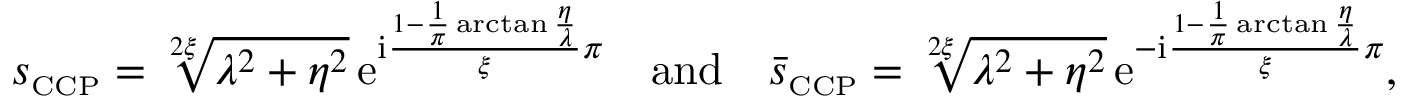
s _ { \scriptscriptstyle { \mathrm { C C P } } } = \sqrt [ 2 \xi ] { \lambda ^ { 2 } + \eta ^ { 2 } } \, \mathrm { e } ^ { \mathrm { i } \frac { 1 - \frac { 1 } { \pi } \arctan \frac { \eta } { \lambda } } { \xi } \pi } \quad \mathrm { a n d } \quad \bar { s } _ { \scriptscriptstyle { \mathrm { C C P } } } = \sqrt [ 2 \xi ] { \lambda ^ { 2 } + \eta ^ { 2 } } \, \mathrm { e } ^ { - \mathrm { i } \frac { 1 - \frac { 1 } { \pi } \arctan \frac { \eta } { \lambda } } { \xi } \pi } ,